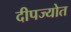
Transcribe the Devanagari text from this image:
दीपज्योत